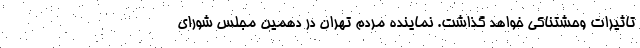
تاثیرات وحشتناکی خواهد گذاشت. نماینده مردم تهران در دهمین مجلس شورای